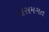
મોસમગત